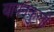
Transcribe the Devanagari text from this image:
बायनकुली